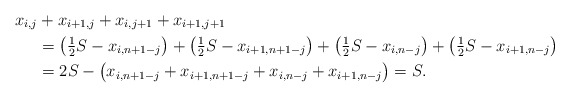
\begin{align*}x_{i,j} &+ x_{i+1,j} + x_{i,j+1} + x_{i+1,j+1} \\&= \bigl( \tfrac{1}{2} S - x_{i, n+1-j} \bigr)+ \bigl( \tfrac{1}{2} S - x_{i+1, n+1-j} \bigr)+ \bigl( \tfrac{1}{2} S - x_{i, n-j} \bigr) + \bigl( \tfrac{1}{2} S - x_{i+1, n-j} \bigr) \\&= 2S - \bigl( x_{i, n+1-j} + x_{i+1, n+1-j} + x_{i, n-j} + x_{i+1, n-j} \bigr) =S.\end{align*}